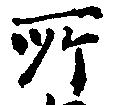
所